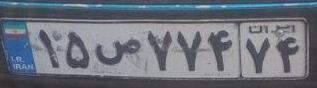
۱۵ص۷۷۴۷۴